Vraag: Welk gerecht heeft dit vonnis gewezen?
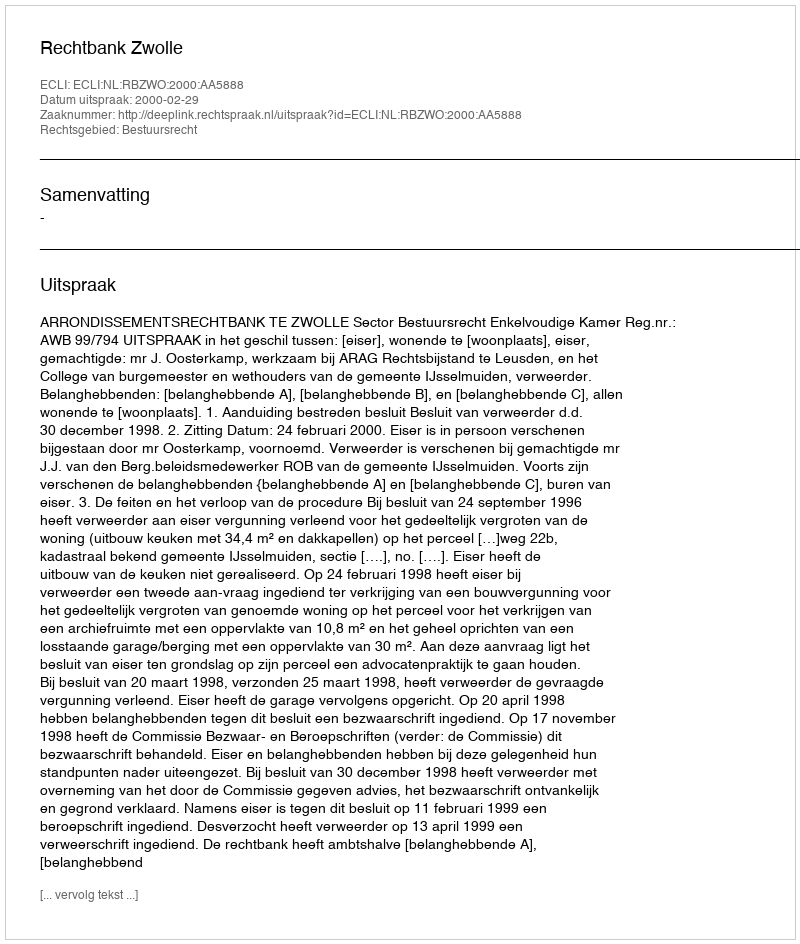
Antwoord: Rechtbank Zwolle